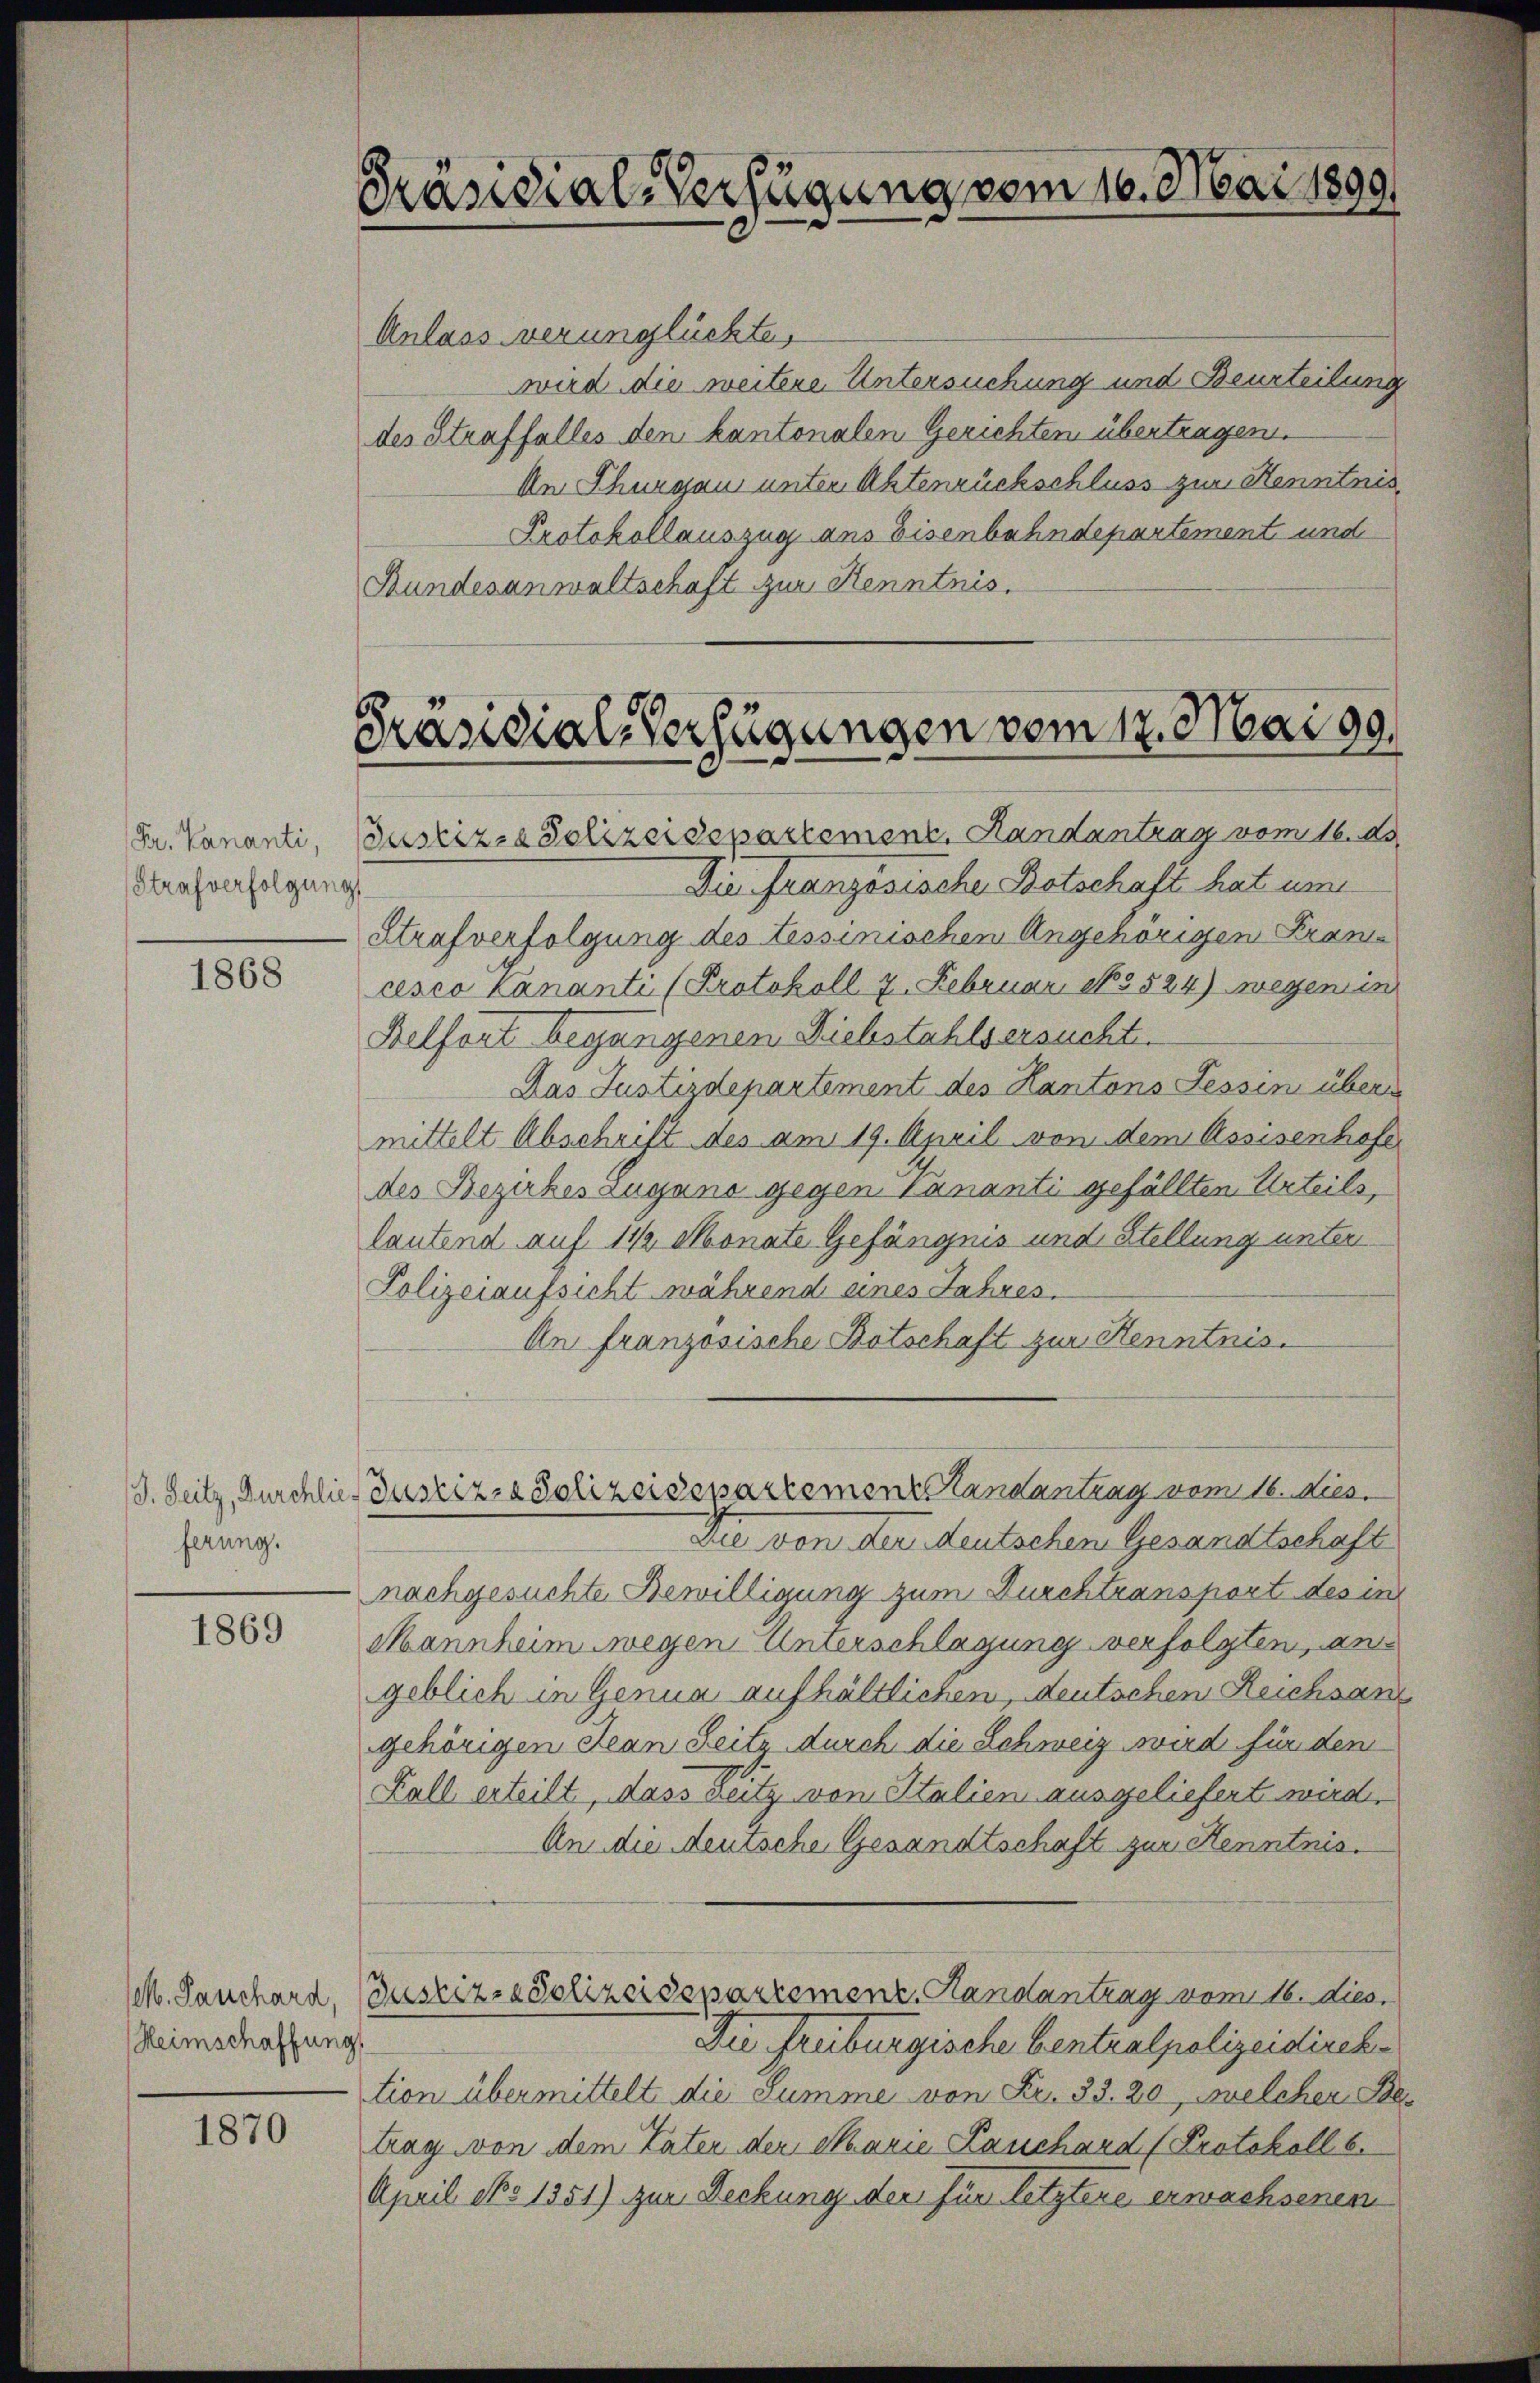
Fr. Kananti,
Strafverfolgung

1868

ferung.

1869

Heimschaffung

1870

Präsidial-Verfügung vom 16. Mai 1899

Anlass verunglückte
wird die weitere Untersuchung und Beurteilung
des Straffalles den kantonalen Gerichten übertragen.
In Thurgau unter Aktenrückschluss zur Kenntnis
Protokollauszug ans Eisenbahndepartement und
Bundesanwaltschaft zur Kenntnis.

Präsidial-Verfügungen vom 17. Mai 99.
Justiz- & Polizeidepartement. Handantrag vom 16. ds.

Die französische Botschaft hat um
Strafverfolgung des Tessinischen Angehörigen Fran
cesco Cananti (Protokoll 7. Februar, No 524) wegen in
Belfort begangenen Diebstahls ersucht.
Das Justizdepartement des Kantons Fessen überm
mittelt Abschrift des am 19. April von dem Assisenhofe
des Bezirkes zugano gegen Sananti gefällten Urteils,
lautend auf 1 1/2 Monate Gefängnis und Stellung unter
Polizeiaufsicht während eines Jahres.
An französische Botschaft zur Kenntnis.
Die von der deutschen Gesandtschaft
nachgesuchte Bewilligung zum Durchtransport des in
Mannheim wegen Unterschlagung verfolgten, an
geblich in Genua aufhältlichen, deutschen Reichsan
gehörigen Jean Seitz durch die Schweiz wird für dem
Kall erteilt, dass weitz von Italien ausgeliefert wird,
An die deutsche Gesandtschaft zur Kenntnis.
(M. Panchard, Bustiz-Polizeidepartement. Handantrag vom 16. dies
Die Freiburgische bentralpolizeidirek
tion übermittelt die Summe von Fr. 33. 20, welcher Betrag von dem Vater der Marie Lauchard (Protokoll 6.
April No 1351) zur Deckung der für letztere erwachsenen

D. Seitz, Durchlies Justiz- & Polizeisepartement Randantrag vom 16. Dies